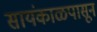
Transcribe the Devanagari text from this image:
सायंकाळपासून